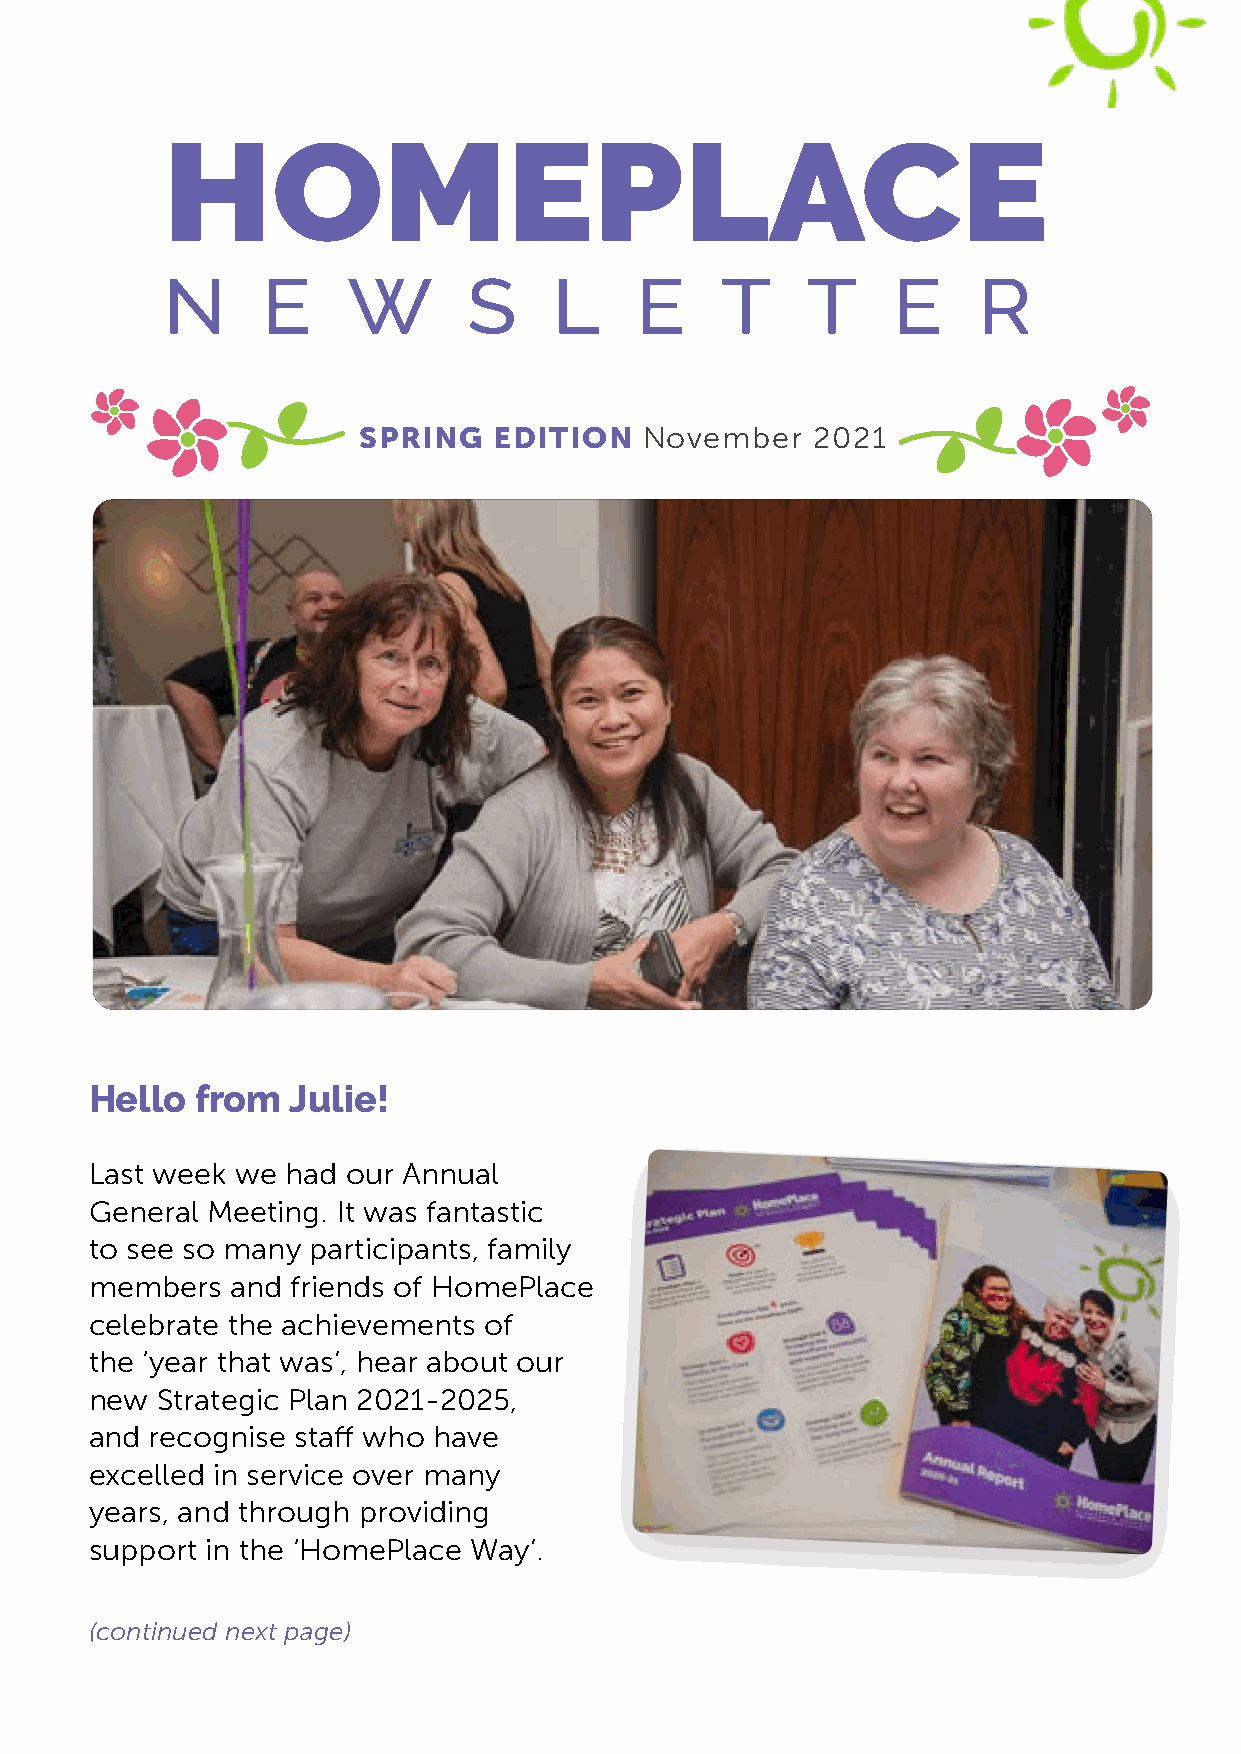
HOMEPLACE
 N     E     W       S     L    E     T    T     E     R
 SPRING   EDITION   November   2021
 Hello  from  Julie!
 Last week we had our Annual
 General Meeting. It was fantastic
 to see so many participants, family
 members  and friends of HomePlace
 celebrate the achievements of
 the ‘year that was’, hear about our
 new Strategic Plan 2021-2025,
 and recognise staff who have
 excelled in service over many
 years, and through providing
 support in the ‘HomePlace Way’.
 (continued next page)